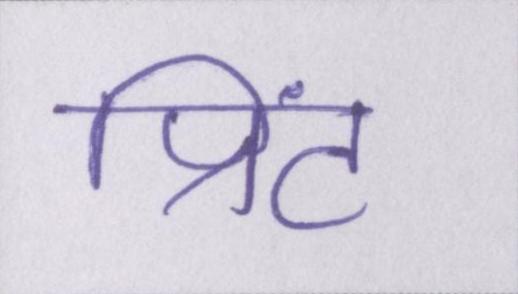
प्रिंट